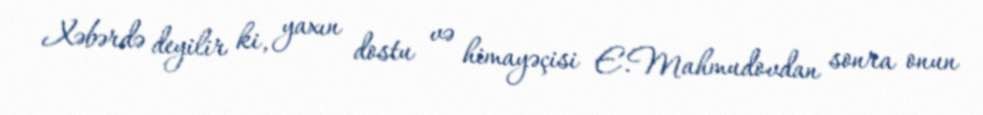
Xəbərdə deyilir ki, yaxın dostu və himayəçisi E.Mahmudovdan sonra onun